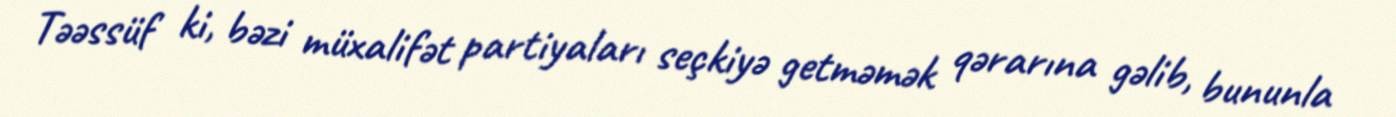
Təəssüf ki, bəzi müxalifət partiyaları seçkiyə getməmək qərarına gəlib, bununla